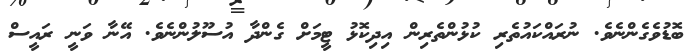
ބޮޑުވެގެންނެވެ. ނުރައްކައުތެރި ކުޅުންތެރިން އިދިކޮޅު ޓީމަށް ގެންދާ އުސޫލުންނެވެ. އޭނާ ވަނީ ރައީސް